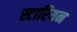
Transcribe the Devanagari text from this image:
स्टारियन